Jaan_Tonisson_(Lasteleht), lk 187
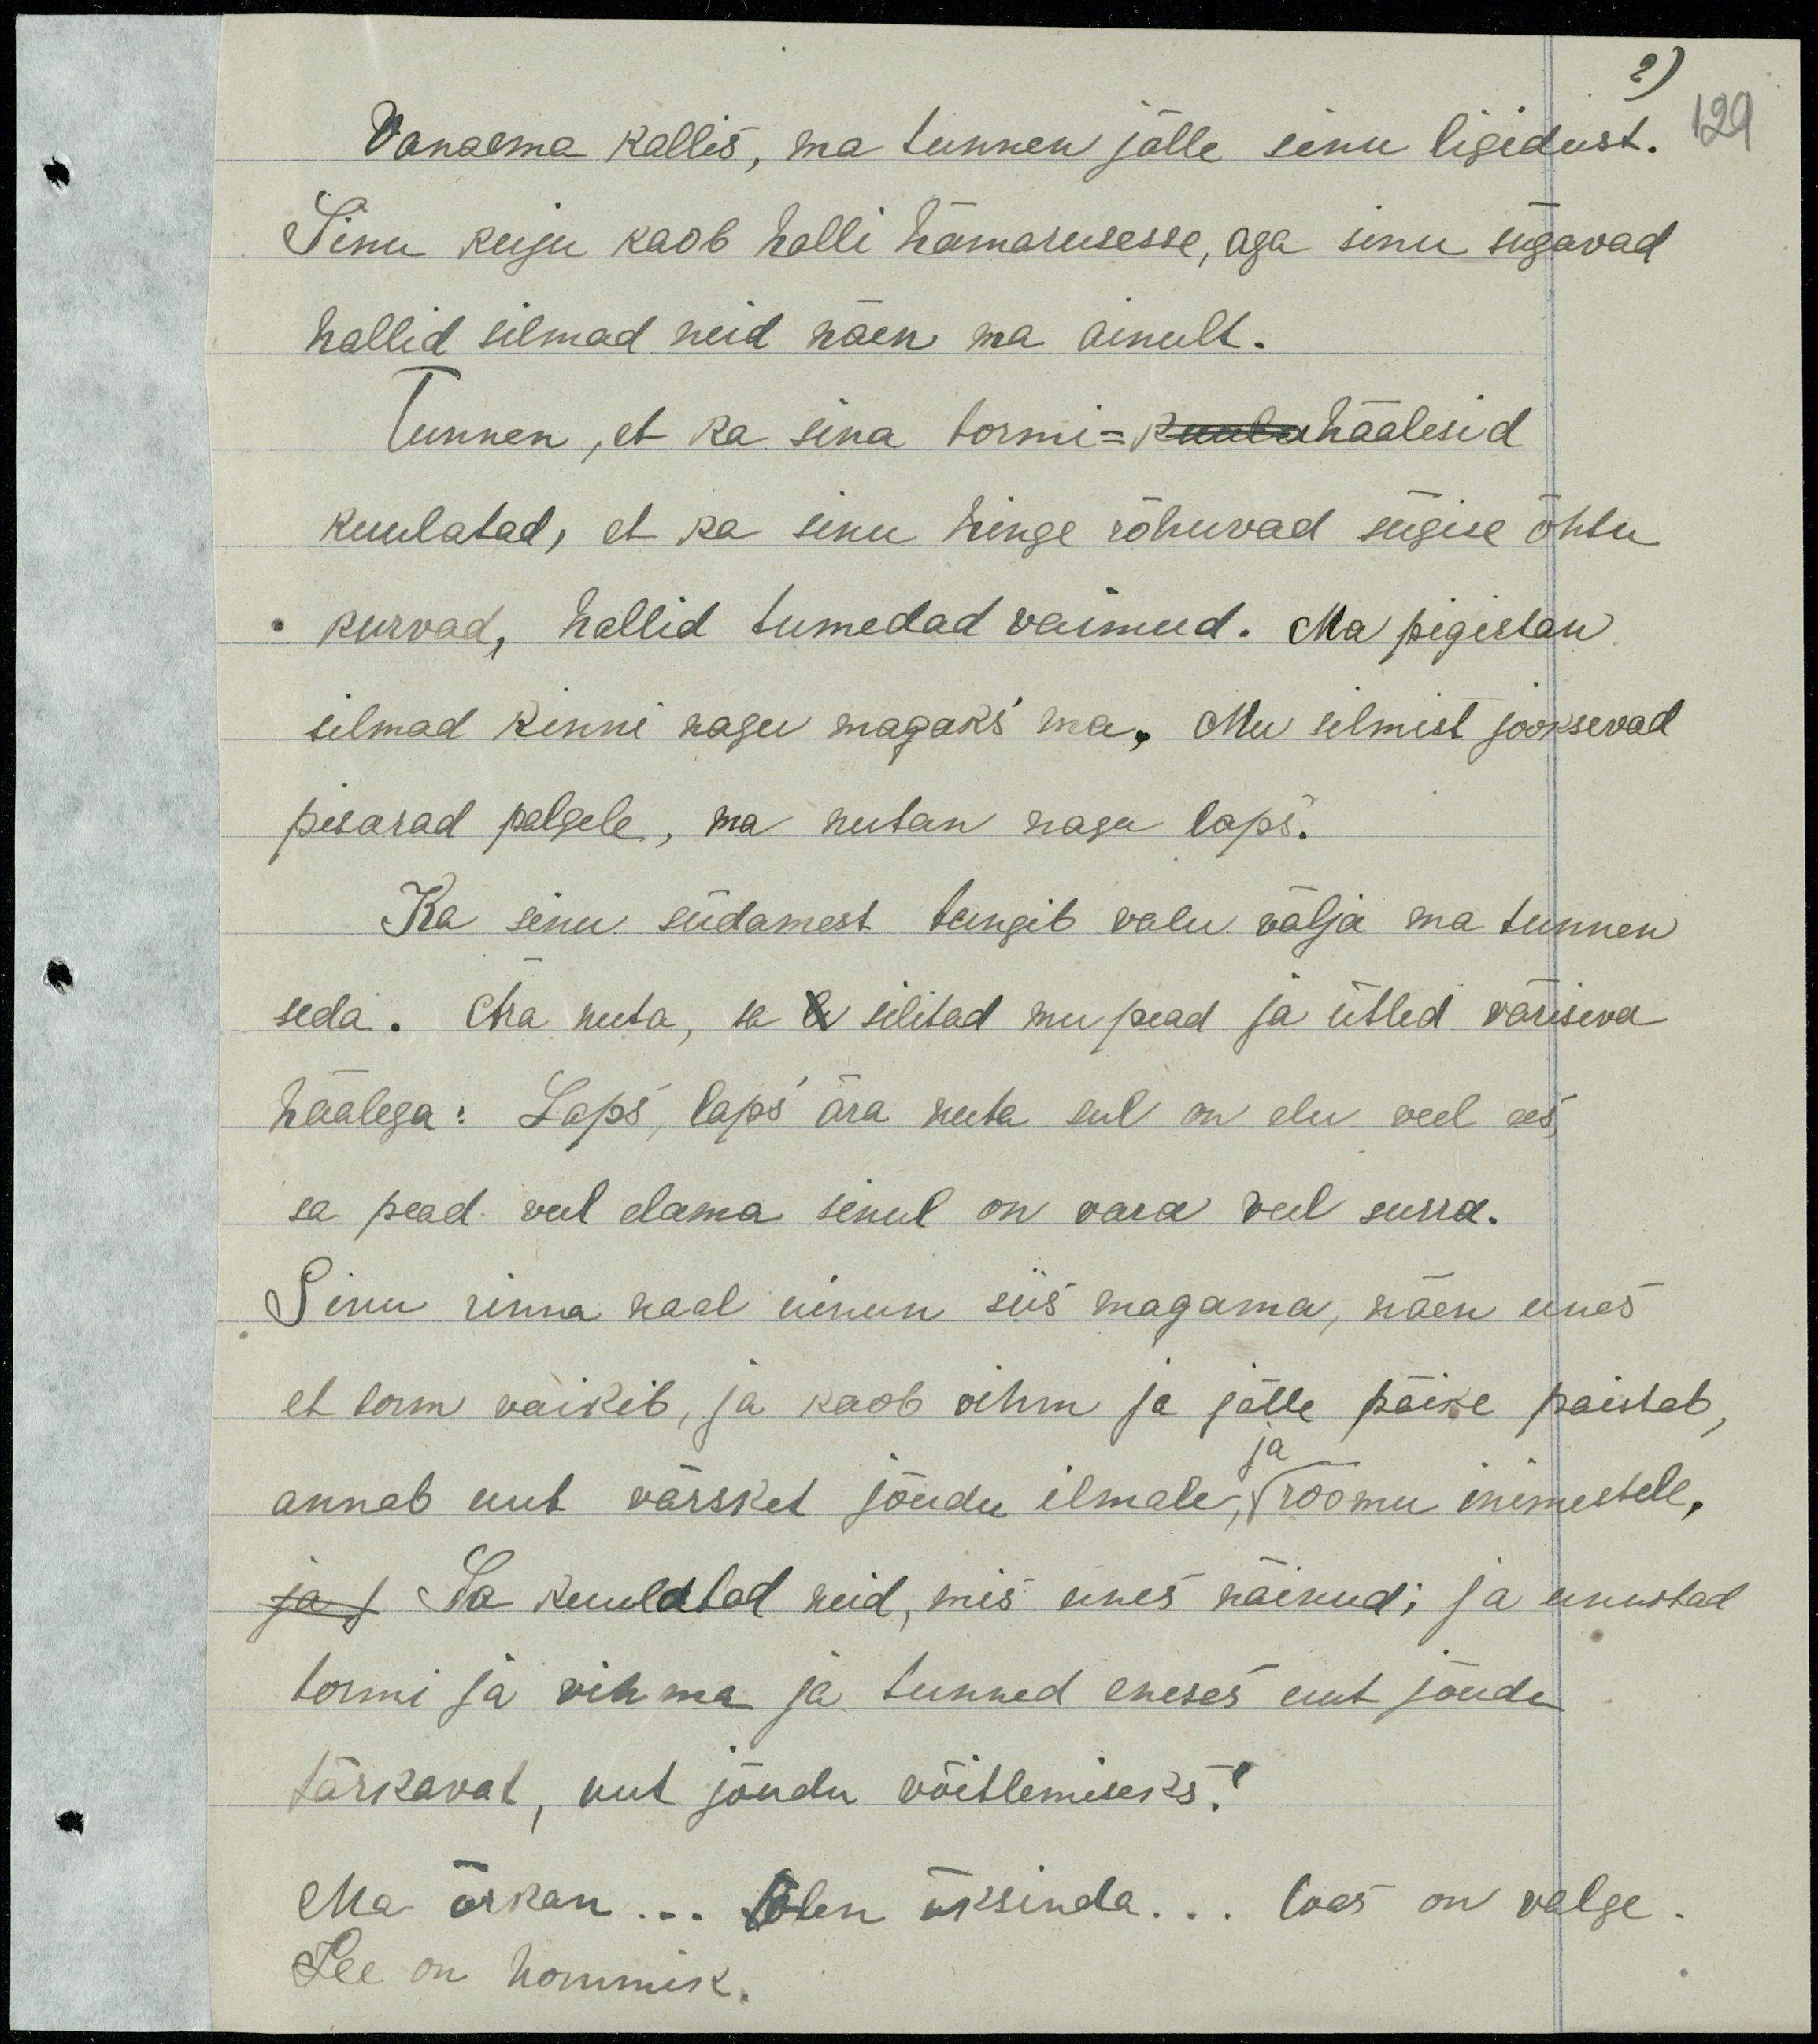
Vanaema kallis, ma tunnen jälle sinu ligidust.
Sinu kuju kaob halli hämarusse, aga sinu sügavad
hallid silmad neid näen ma ainult.
Tunnen, et ka sina tormi-kuula häälesid
kuulatad, et ka sinu hinge rõhuvad sügise õhtu
kurvad, hallid tumedad vaimud. Ma pigistan
silmad kinni nagu magaks ma. Mu silmist jooksevad
pisarad palgele, ma nutan nagu laps.
Ka sinu südamest tungiv valu välja ma tunnen
seda. Ära nuta, sa silitad mu pead ja ütled väriseva
häälega: Laps, laps ära nuta sul on elu veel ees,
sa pead veel elama sinul on vara veel surra.
Sinu rinna naal uinun siis magama, näen unes
et torm vaikeb, ja kaob vihm ja jälle päike paistab,
annab uut värsket jõudu ilmale ja rõõmu inimestele,
ja s Sa kuulatad neid, mis unes näinud: ja unustad
tormi ja vihma ja tunned eneses uut jõudu
tärkavat, uut jõudu võitlemiseks!
Ma ärkan... olen üksinda... toas on valge.
See on hommik.